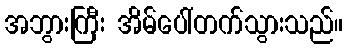
အဘွားကြီး အိမ်ပေါ်တက်သွားသည်။